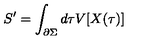
S ^ { \prime } = \int _ { \partial \Sigma } d \tau V [ X ( \tau ) ]